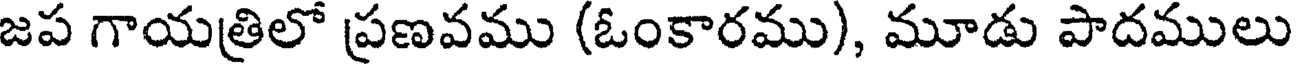
జప గాయత్రిలో ప్రణవము (ఓంకారము), మూడు పాదములు